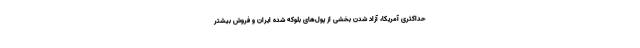
حداکثری آمریکا، آزاد شدن بخشی از پول‌های بلوکه شده ایران و فروش بیشتر